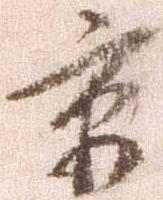
京